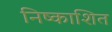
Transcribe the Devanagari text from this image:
निष्काशित